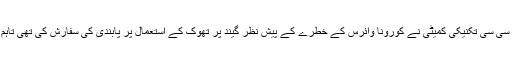
واضح رہے کہ بھارت کے سابق کپتان انیل کمبلے کی زیر قیادت آئی سی سی تکنیکی کمیٹی نے کورونا وائرس کے خطرے کے پیش نظر گیند پر تھوک کے استعمال پر پابندی کی سفارش کی تھی تاہم کمیٹی کی جانب سے گیند پر پسینے کے استعمال کی اجازت دی ہے۔